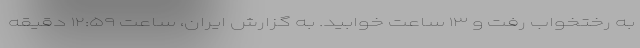
به رختخواب رفت و ۱۳ ساعت خوابید. به گزارش ایران، ساعت ۱۲:۵۹ دقیقه